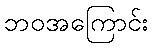
ဘဝအကြောင်း